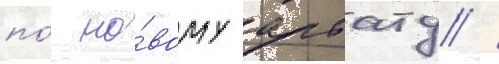
по́ но́вому арбату /